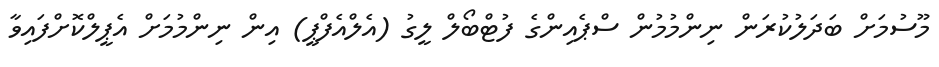
މޫސުމަށް ބަދަލުކުރަން ނިންމުމުން ސްޕެއިންގެ ފުޓްބޯލް ލީގު (އެލްއެފްޕީ) އިން ނިންމުމަށް އެޕީލްކޮށްފައިވާ